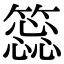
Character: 𥳝